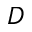
D